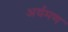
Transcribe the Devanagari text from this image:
अर्यमण